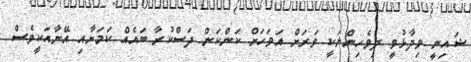
ޝައިނީ ވިދާޅުވީ ދިވެހިންނަކީ ވަރަށް އަވަހަށް ކަންކަން ދަސްކުރާ ބައެއް ކަމަށާއި އޭނާއަކީވެސް